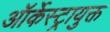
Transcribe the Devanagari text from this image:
ऑर्केस्ट्रायुक्त